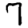
Digit: 7